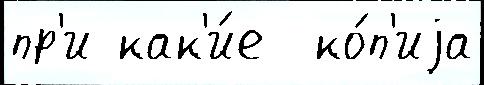
пр'и как'и́е  ко́п'иjа